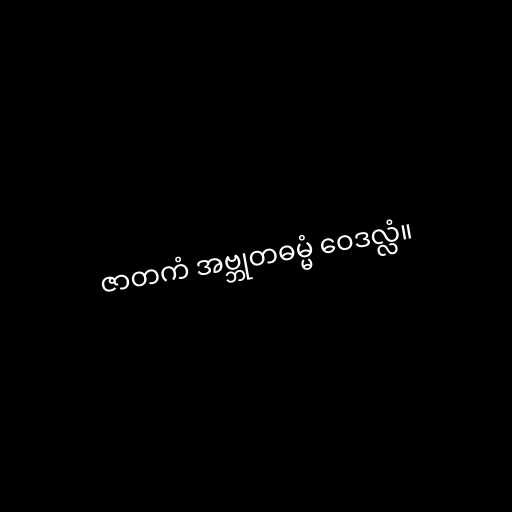
ဇာတကံ အဗ္ဘုတဓမ္မံ ဝေဒလ္လံ။